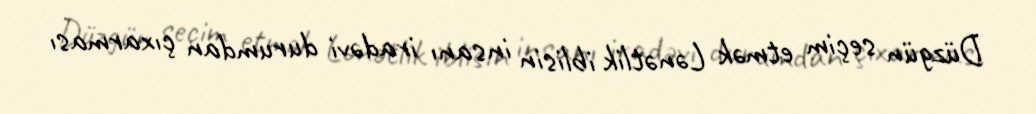
Düzgün seçim etmək Lənətlik iblisin insanı iradəvi durumdan çıxarması